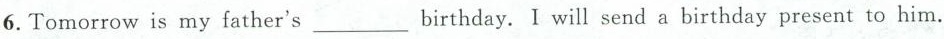
6.Tomorrow is my father's___birthday.I will send a birdyday present to him.